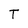
Character: T